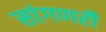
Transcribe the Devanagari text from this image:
सांगणरी